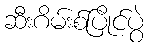
ဆီးဂိမ်းစ်ပြိုင်ပွဲ